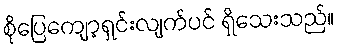
စိုပြေကျော့ရှင်းလျက်ပင် ရှိသေးသည်။